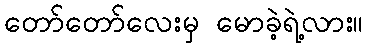
တော်တော်လေးမှ မောခဲ့ရဲ့လား။